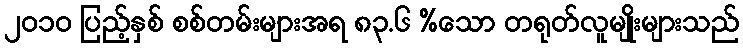
၂၀၁၀ ပြည့်နှစ် စစ်တမ်းများအရ ၈၃.၆ %သော တရုတ်လူမျိုးများသည်